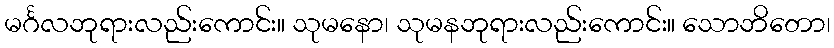
မင်္ဂလဘုရားလည်းကောင်း။ သုမနော၊ သုမနဘုရားလည်းကောင်း။ သောဘိတော၊